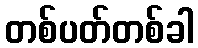
တစ်ပတ်တစ်ခါ